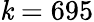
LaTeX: \mathit{k}=695